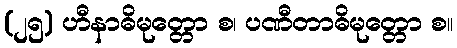
(၂၅) ဟီနာဓိမုတ္တော စ၊ ပဏီတာဓိမုတ္တော စ။